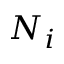
N _ { i }